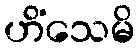
ဟိံသေမိ